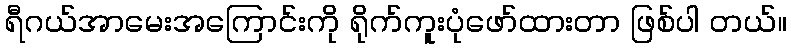
ရီဂယ်အာမေးအကြောင်းကို ရိုက်ကူးပုံဖော်ထားတာ ဖြစ်ပါ တယ်။